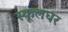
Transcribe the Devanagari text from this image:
स्कूलघर